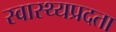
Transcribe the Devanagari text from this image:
स्वास्थ्यप्रदता